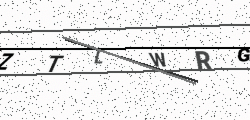
Text: ZTLWRG